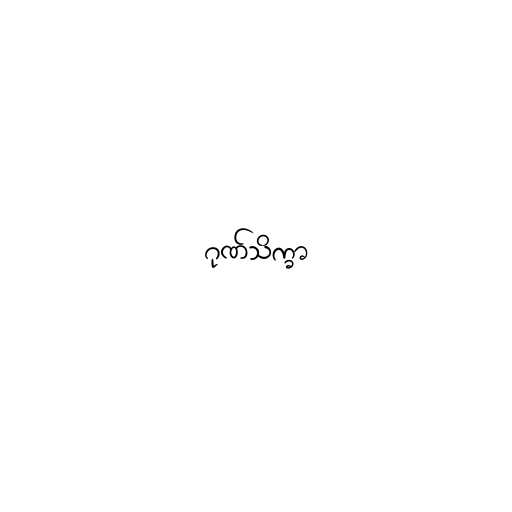
ဂုဏ်သိက္ခာ